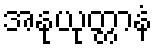
အနုယုတ္တာနံ